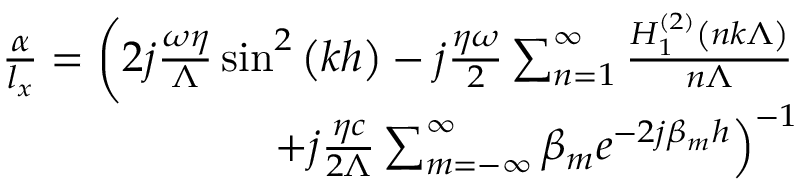
\begin{array} { r } { \frac { \alpha } { l _ { x } } = \left( 2 j \frac { \omega \eta } { \Lambda } \sin ^ { 2 } \left( k h \right) - j \frac { \eta \omega } { 2 } \sum _ { n = 1 } ^ { \infty } \frac { H _ { 1 } ^ { \left( 2 \right) } \left( n k \Lambda \right) } { n \Lambda } \right. } \\ { \quad \left. + j \frac { \eta c } { 2 \Lambda } \sum _ { m = - \infty } ^ { \infty } \beta _ { m } e ^ { - 2 j \beta _ { m } h } \right) ^ { - 1 } } \end{array}